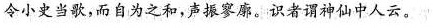
令小史当歌，而自为之和，声振寥廓。识者谓神仙中人云。